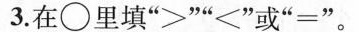
3.在\bigcirc里填“＞”“<”或“＝”。